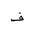
Letter: _fa